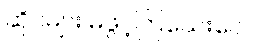
ဆိုင်များ မဖွင့်ကြသေးပေ။